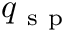
q _ { \mathrm { ~ s ~ p ~ } }